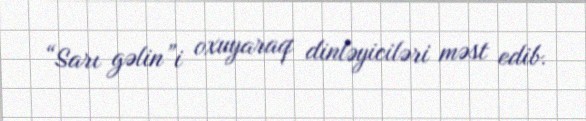
“Sarı gəlin”i oxuyaraq dinləyiciləri məst edib.